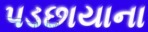
પડછાયાના